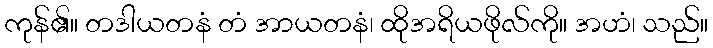
ကုန်၏။ တဒါယတနံ တံ အာယတနံ၊ ထိုအရိယဖိုလ်ကို။ အဟံ၊ သည်။